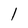
Character: l